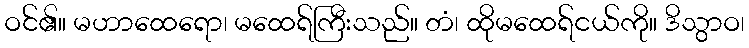
ဝင်၏။ မဟာထေရော၊ မထေရ်ကြီးသည်။ တံ၊ ထိုမထေရ်ငယ်ကို။ ဒိသွာဝ၊